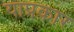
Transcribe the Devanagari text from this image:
याप्रकार